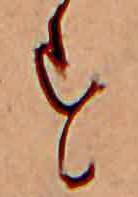
す